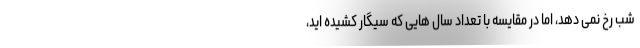
شب رخ نمی دهد، اما در مقایسه با تعداد سال هایی که سیگار کشیده اید،